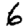
Digit: 6